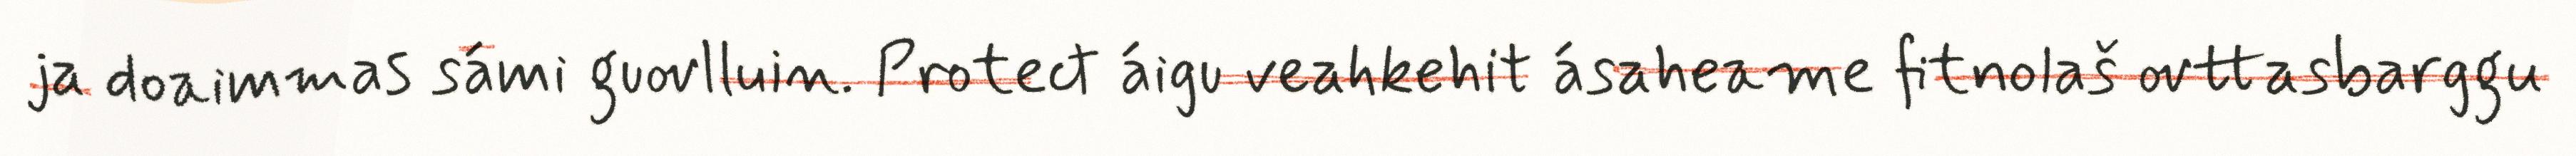
ja doaimmas sámi guovlluin. Protect áigu veahkehit ásaheame fitnolaš ovttasbarggu